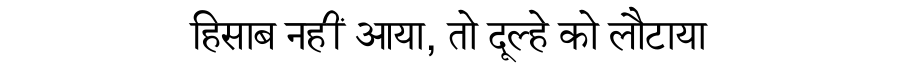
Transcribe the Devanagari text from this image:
हिसाब नहीं आया, तो दूल्हे को लौटाया